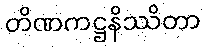
တိဏကဋ္ဌနိဿိတာ